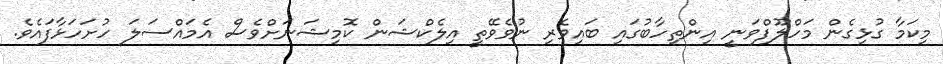
މިކަމާ ގުޅިގެން މަހްލޫފްވަނީ އިންތިހާބުގައި ބައިވެރި ނުވެވޭތީ އިލެކްޝަން ކޮމިޝަނަށްވެސް އެމައްސަލަ ހުށަހަޅާފައެވެ.